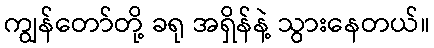
ကျွန်တော်တို့ ခရု အရှိန်နဲ့ သွားနေတယ်။